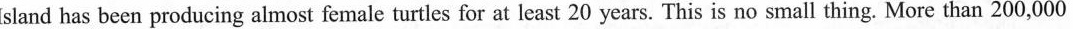
Island has been producing almost female turtles for at least 20 years. This is no small thing. More than 200,000